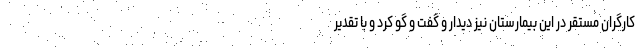
کارگران مستقر در این بیمارستان نیز دیدار و گفت و گو کرد و با تقدیر